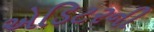
એડિટરની